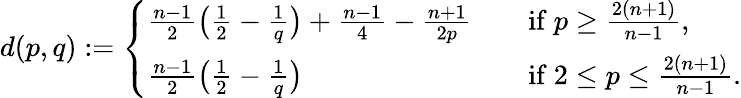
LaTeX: d(p,q):=\left\{ \begin{array}{ll}{\frac{n-1}{2}\big(\frac{1}{2}-\frac{1}{q}\big)+\frac{n-1}{4}-\frac{n+1}{2p}}&{\quad\mathrm{if~}p\geq\frac{2(n+1)}{n-1},}\\ {\frac{n-1}{2}\big(\frac{1}{2}-\frac{1}{q}\big)}&{\quad\mathrm{if~}2\leq p\leq\frac{2(n+1)}{n-1}.}\end{array}\right.